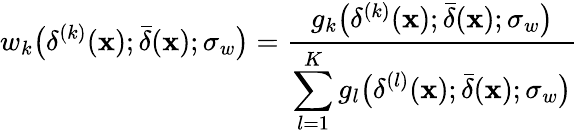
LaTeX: w_{k}\bigl(\delta^{(k)}(\mathbf{x});\bar{\delta}(\mathbf{x});\sigma_{w}\bigr)=\frac{g_{k}\bigl(\delta^{(k)}(\mathbf{x});\bar{\delta}(\mathbf{x});\sigma_{w}\bigr)}{\displaystyle\sum_{l=1}^{K}g_{l}\bigl(\delta^{(l)}(\mathbf{x});\bar{\delta}(\mathbf{x});\sigma_{w}\bigr)}